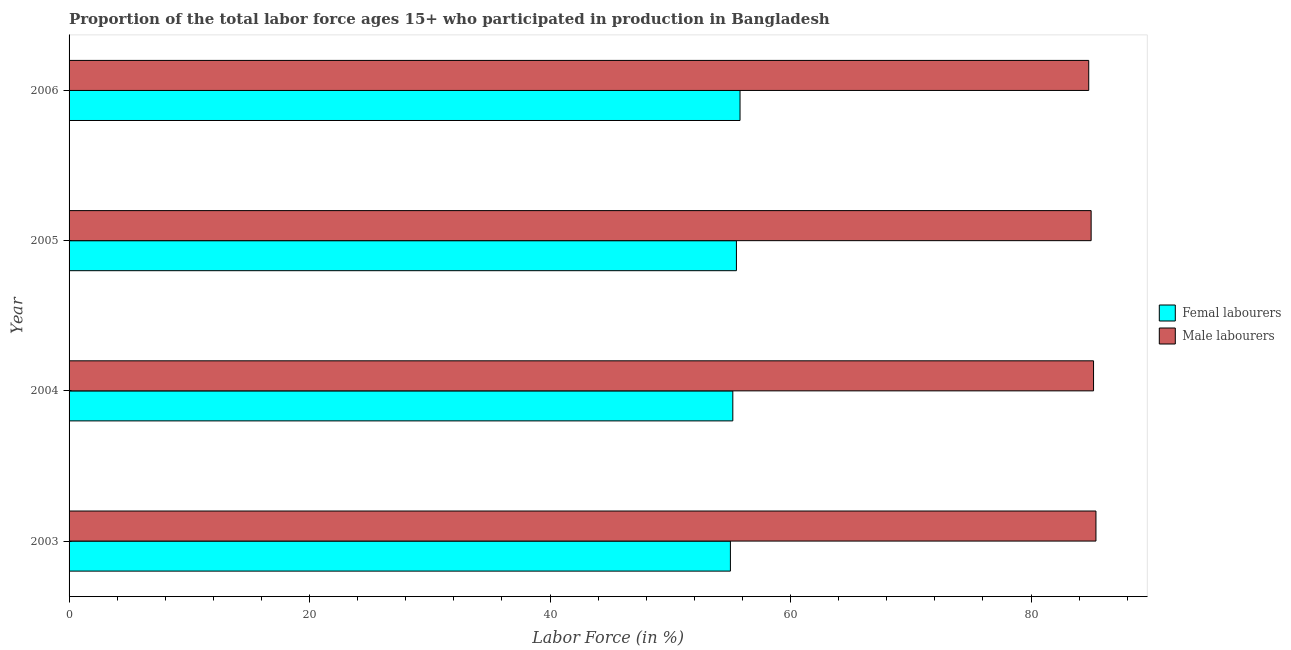
| Year | Femal labourers | Male labourers |
 | --- | --- | --- |
 | 2003 | 55 | 85.4 |
 | 2004 | 55.2 | 85.2 |
 | 2005 | 55.5 | 85 |
 | 2006 | 55.8 | 84.8 |